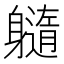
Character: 𲄭